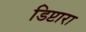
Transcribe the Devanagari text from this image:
डिप्टारा